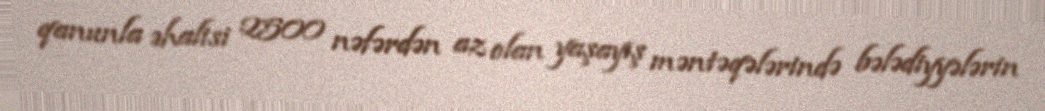
qanunla əhalisi 2500 nəfərdən az olan yaşayış məntəqələrində bələdiyyələrin